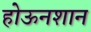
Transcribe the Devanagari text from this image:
होऊनशान